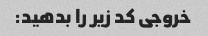
خروجی کد زیر را بدهید: